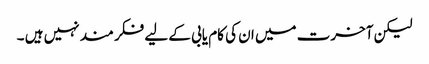
لیکن آخرت میں ان کی کام یابی کے لیے فکر مند نہیں ہیں ۔